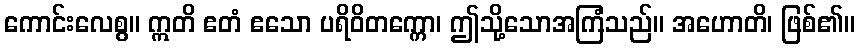
ကောင်းလေစွ။ ဣတိ ဧတံ ဧသော ပရိဝိတက္ကော၊ ဤသို့သောအကြံသည်။ အဟောတိ၊ ဖြစ်၏။